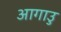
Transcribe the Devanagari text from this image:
आगाउु